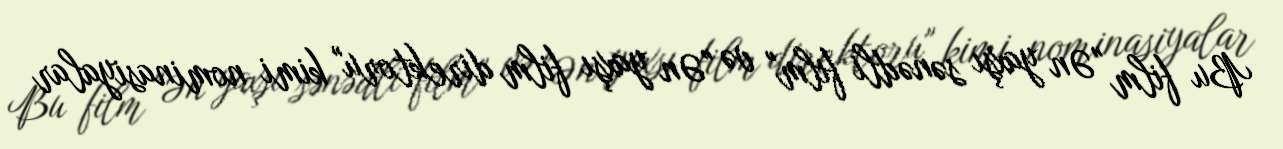
Bu film "Ən yaxşı sənədli film" və "Ən yaxşı film direktoru" kimi nominasiyalar